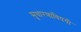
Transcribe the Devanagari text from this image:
सुधारणांविषयी